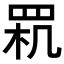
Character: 𦊵